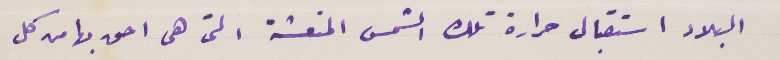
البلاد استقبال حرارة تلك الشمس المنعشة التى هى احق بها من كل